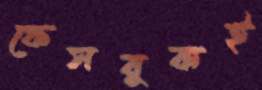
ফেসবুকই